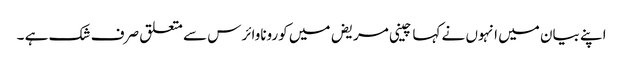
اپنے بیان میں انہوں نے کہا چینی مریض میں کوروناوائرس سے متعلق صرف شک ہے ۔